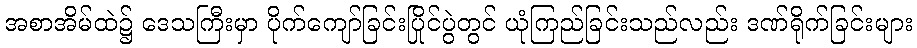
အစာအိမ်ထဲ၌ ဒေသကြီးမှာ ပိုက်ကျော်ခြင်းပြိုင်ပွဲတွင် ယုံကြည်ခြင်းသည်လည်း ဒဏ်ရိုက်ခြင်းများ